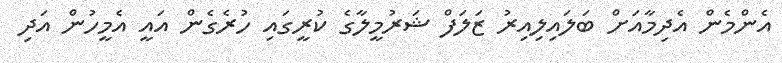
އެންމެން އެދިމާއަށް ބަލައިލިއިރު ޒަލަފް ޝަރުމީލާގެ ކުރީގައި ހުރެގެން އައީ އެމީހުން އަދި